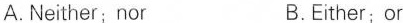
A. Neither; nor B.Either; or